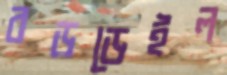
বড়ডেইল